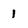
Character: 1